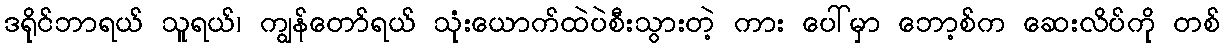
ဒရိုင်ဘာရယ် သူရယ်၊ ကျွန်တော်ရယ် သုံးယောက်ထဲပဲစီးသွားတဲ့ ကား ပေါ်မှာ ဘော့စ်က ဆေးလိပ်ကို တစ်